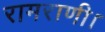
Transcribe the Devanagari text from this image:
रामराणी।